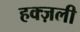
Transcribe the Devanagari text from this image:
हक्ज़ली